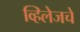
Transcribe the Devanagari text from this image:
व्हिलेजचे